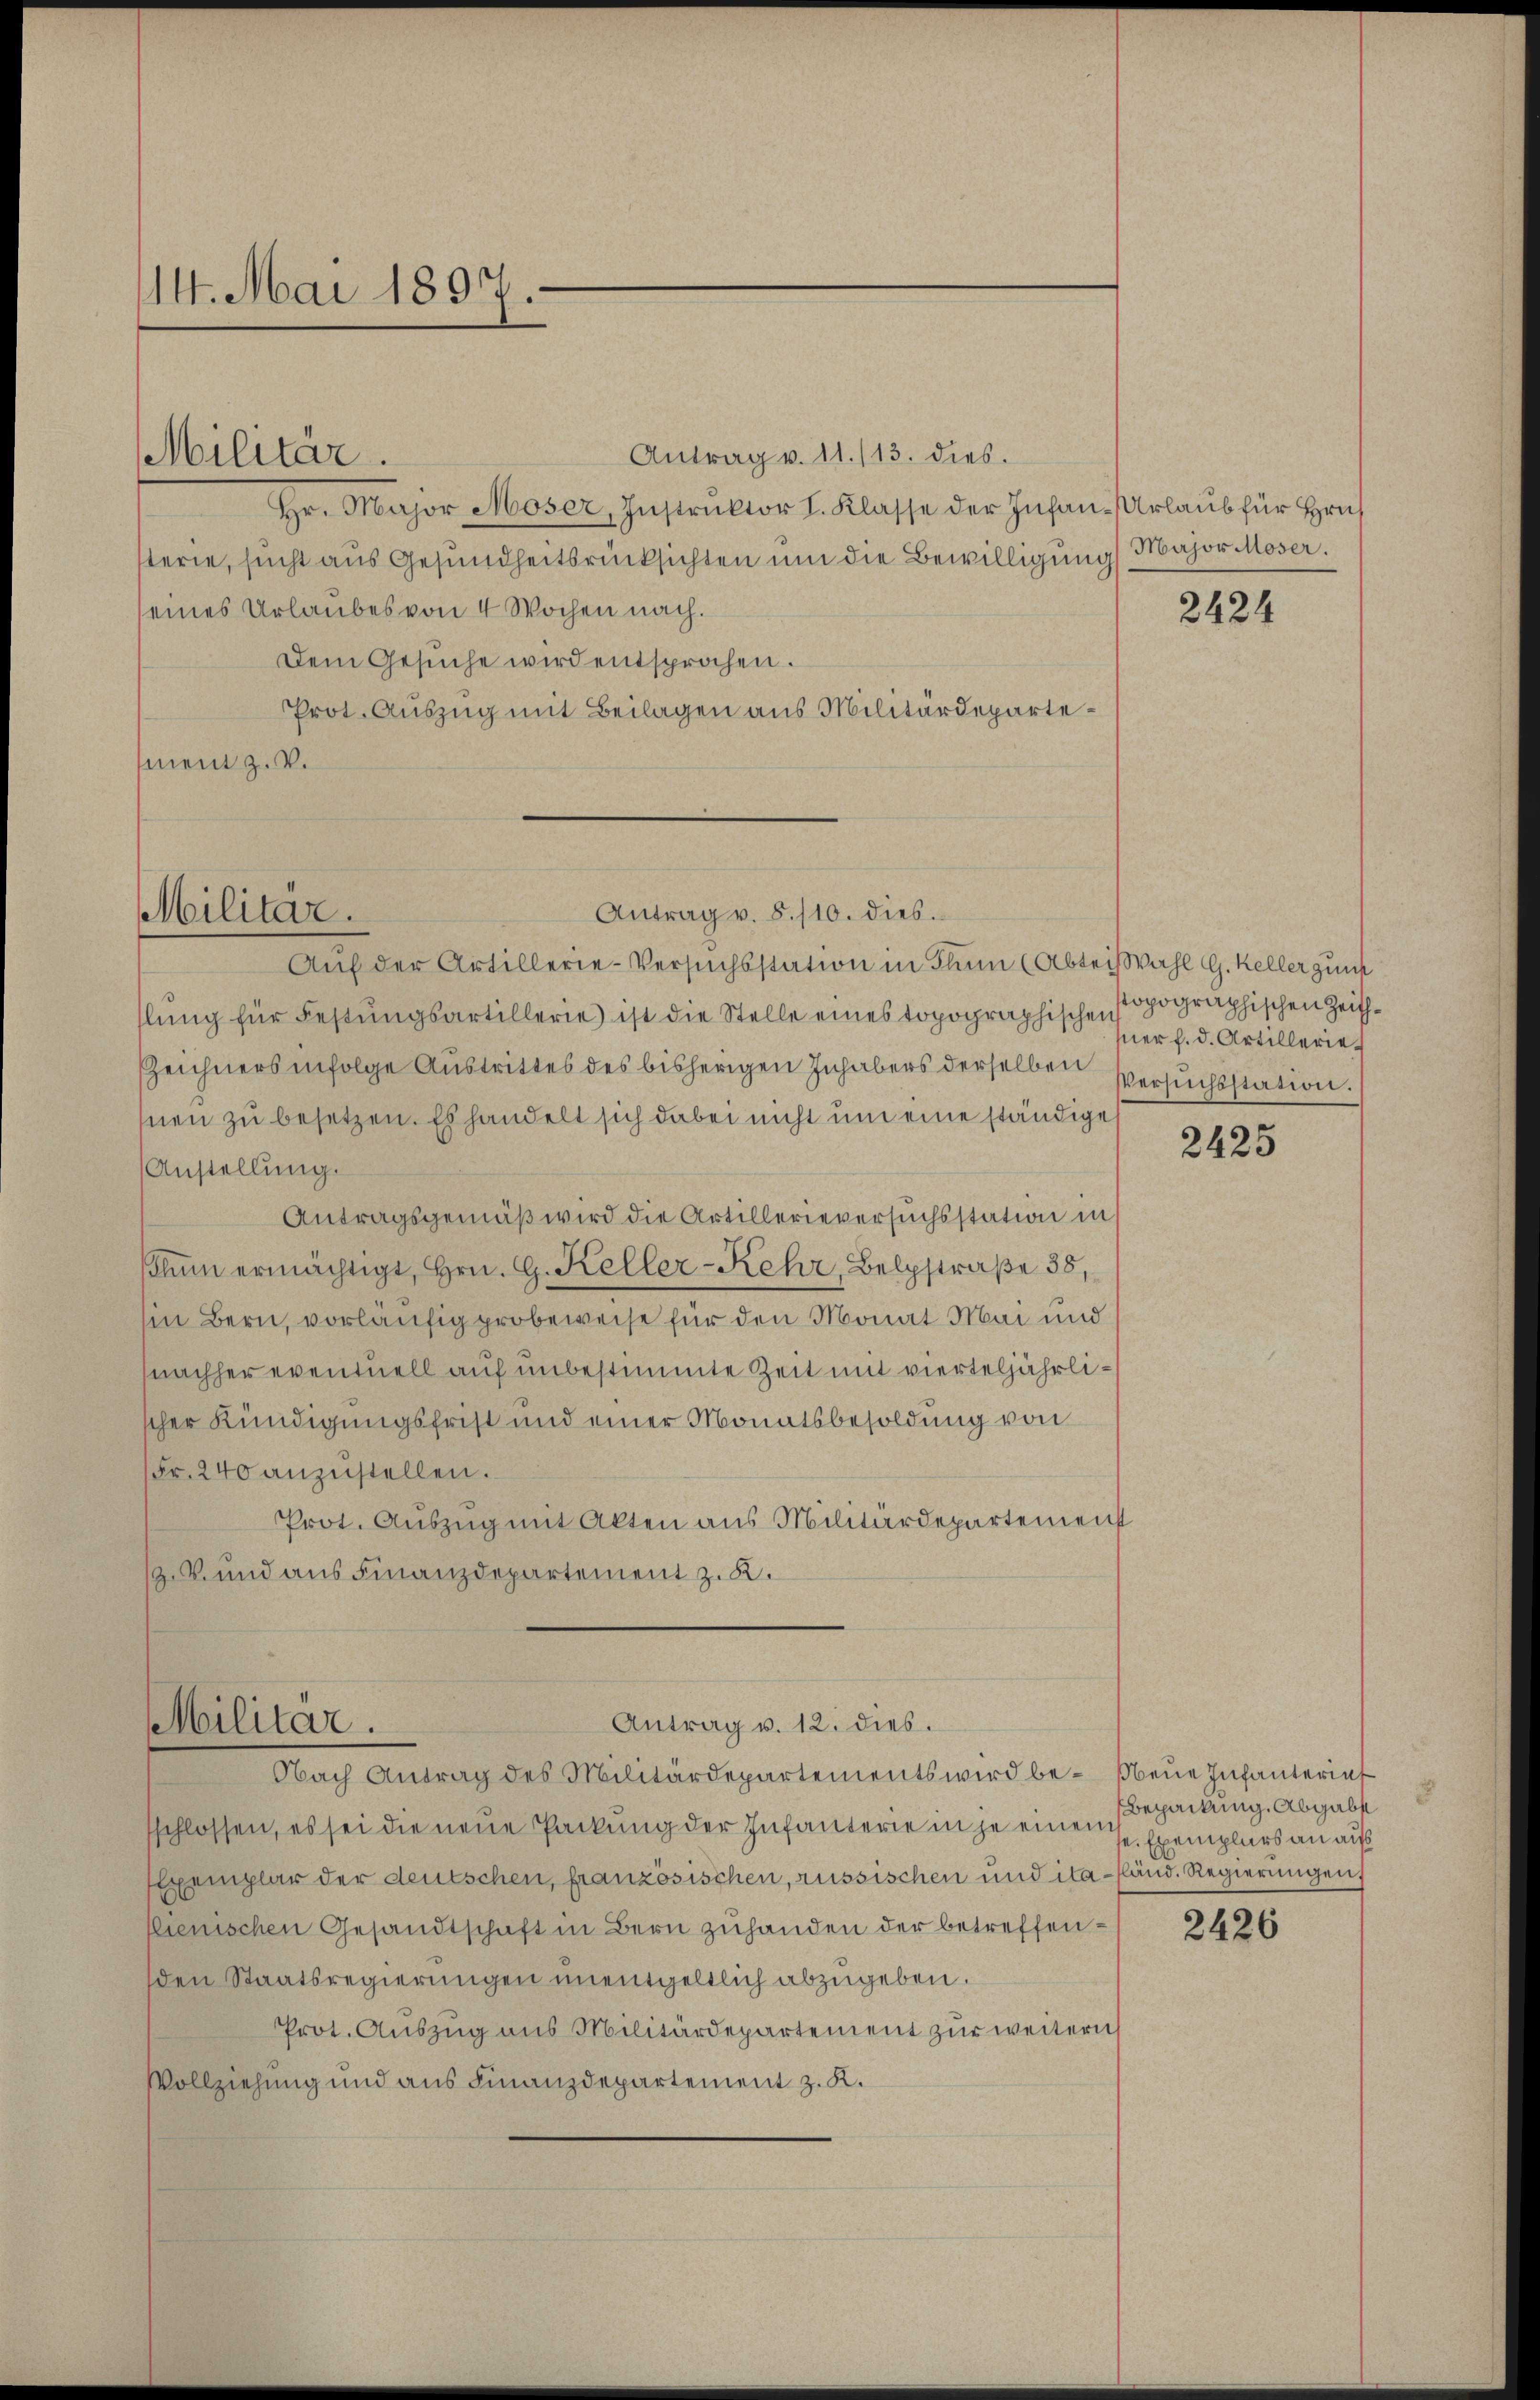
14. Mai 1897.

Antrag v. 11./13. dies.
hr. Major Moser, Instruktor I. Klasse der Infan-Urlaub für Hrus
sterie, sucht aus Gesundheitsrücksichten um die Bewilligung Major Moser.
seines Urlaubes von 4 Wochen nach.
Dem Gesŭche wird entsprochen.
Prot. Auszug mit Beilagen aus Militärdepartement z. V.

Militär.

Militär.

Antrag v. 8. 110. dies.

Antrag v. 12. dies.
Militär.
Nach Antrag des Militärdepartements wird be- Neue Infanterinf

Auf der Artillerie-Versuchsstation in Thun (Abtech Wahl G. Keller guns
hlŭng für Festŭngsartillerie ist die Stelle eines topographischen Popographischen Zeit¬
Zeichners infolge Austrittes des bisherigen Inhabers derselben
hnen zu besetzen. Es handelt sich dabei nicht um eine ständige
Anstellung.
Antragsgemäß wird die Artillerieversuchsstation in
hŭm ermächtigt, Hrn. G. Keller-Kehr, Belgstraße 38,
in Bern, vorläufig probeweise für den Monat Mai und
nachher eventuell auf unbestimmte Zeit mit vierteljährlischer Kündigungsfrist und einer Monatsbesoldung von
Fr. 240 anzustellen.
Prot. Auszug mit Akten aus Militärdepartement
V. und aus Finanzdepartement z. K.

sschlossen, es sei die neue Packung der Infanterie in je einen Exemplars an auf
Exemplar der deutschen, französischen, russischen und ita-sländ. Regierungen
llienischen Gesandtschaft in Bern zuhanden der betreffenden Staatsregierungen unentgeltlich abzugeben.
Prot. Auszug aus Militärdepartement zur weitern
Vollziehung und aus Finanzdepartement z. K.

2424

ner f. d. Artillerie
Versuchsstation.

2425

Bepackung. Abgabs

2426